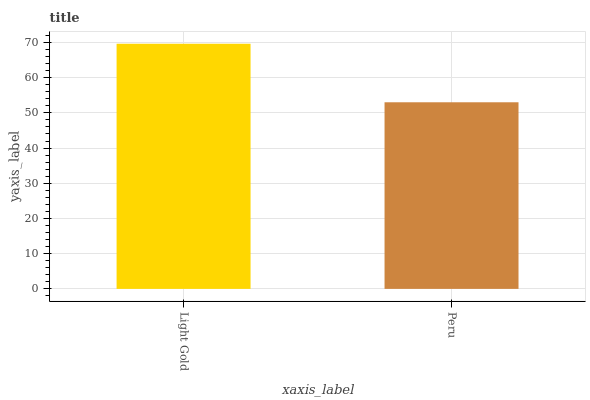
| xaxis_label | bars |
 | --- | --- |
 | Light Gold | 69.6 |
 | Peru | 53 |